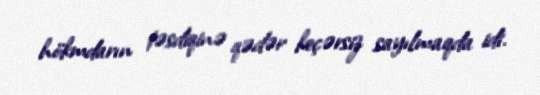
hökmdarın təsdiqinə qədər keçərsiz sayılmaqda idi.